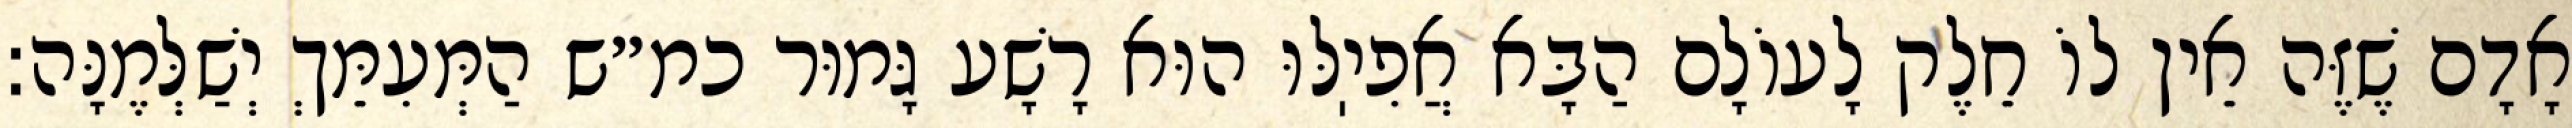
אָדָם שֶׁזֶּה אֵין לוֹ חֵלֶק לָעוֹלָם הַבָּא אֲפִיֽלּוּ הוּא רָשָׁע גָּמוּר כמ״ש הַמְּעִמֵּךְ יְשַׁלְּמֶנָּה: